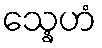
သ္နေဟံ